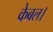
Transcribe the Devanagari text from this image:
केबल।